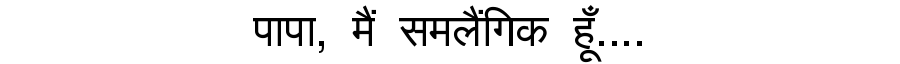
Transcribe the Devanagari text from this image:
पापा, मैं समलैंगिक हूँ....